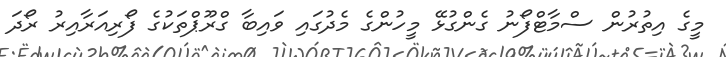
މީގެ އިތުރުން ސްމާޓްފޯނު ގެންގުޅޭ މީހުންގެ މެދުގައި ވައިބާ ގްރޫޕްތަކުގެ ފޯރިއަރާއިރު ރޯދަ